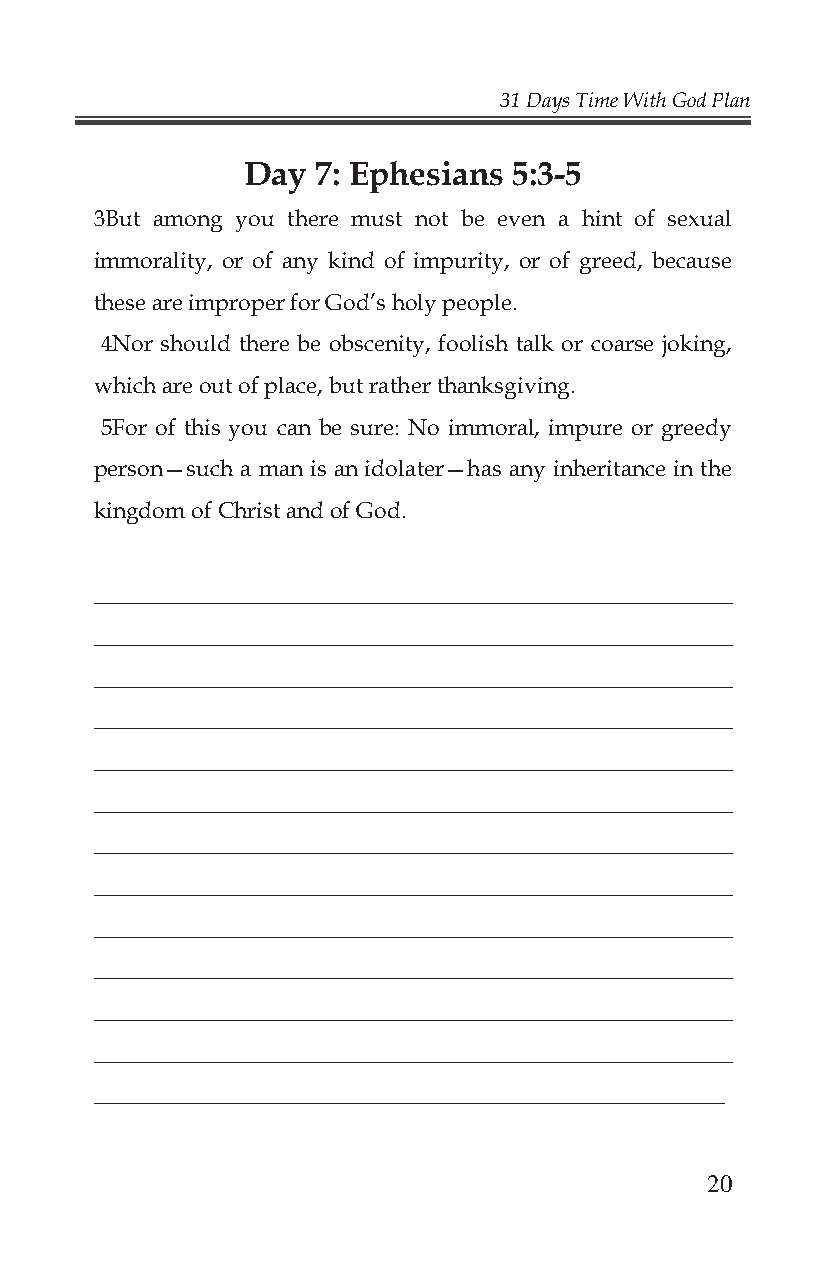
31 Days Time With God Plan
 Day  7: Ephesians 5:3-5
 3But among you there must not be even a hint of sexual
 immorality, or of any kind of impurity, or of greed, because
 these are improper for God’s holy people.
 4Nor should there be obscenity, foolish talk or coarse joking,
 which are out of place, but rather thanksgiving.
 5For of this you can be sure: No immoral, impure or greedy
 person—such a man is an idolater—has any inheritance in the
 kingdom of Christ and of God.
 _______________________________________________________
 _______________________________________________________
 _______________________________________________________
 _______________________________________________________
 _______________________________________________________
 _______________________________________________________
 _______________________________________________________
 _______________________________________________________
 _______________________________________________________
 _______________________________________________________
 _______________________________________________________
 _______________________________________________________
 _______________________________________________________
 20